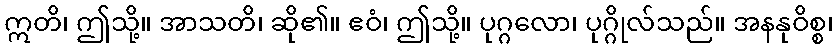
ဣတိ၊ ဤသို့။ အာသတိ၊ ဆို၏။ ဧဝံ၊ ဤသို့။ ပုဂ္ဂလော၊ ပုဂ္ဂိုလ်သည်။ အနနုဝိစ္စ၊